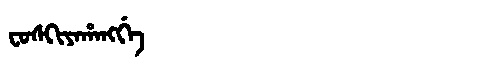
Manchu: ᠸᠣᠰᡴᡳᠶᠠᡥᠠᠩᡤᡝ
Romanization: FOSKIYAHANGGE